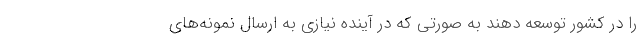
را در كشور توسعه دهند به صورتی كه در آینده نیازی به ارسال نمونه‌های